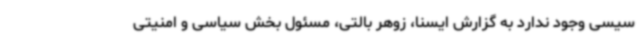
سیسی وجود ندارد به گزارش ایسنا، زوهر بالتی، مسئول بخش سیاسی و امنیتی